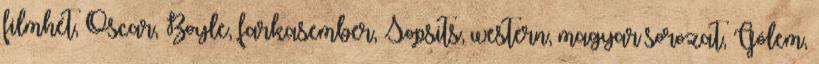
filmhét, Oscar, Boyle, farkasember, Sopsits, western, magyar sorozat, Gólem,